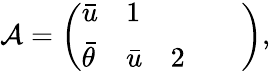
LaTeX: \mathcal{A}=\left(\begin{array}{lllll}{\bar{u}}&{1}&{}&{}&{}\\ {\bar{\theta}}&{\bar{u}}&{2}&{}&{}\end{array}\right),